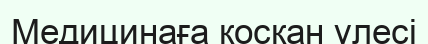
Медицинаға қосқан үлесі